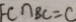
F C \cap B C = C